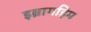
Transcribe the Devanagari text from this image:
इब्रागहिम